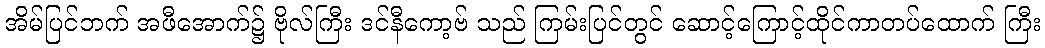
အိမ်ပြင်ဘက် အဖီအောက်၌ ဗိုလ်ကြီး ဒင်နီကော့ဗ် သည် ကြမ်းပြင်တွင် ဆောင့်ကြောင့်ထိုင်ကာတပ်ထောက် ကြီး